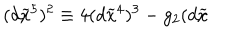
LaTeX: ( d \widetilde { x } ^ { 5 } ) ^ { 2 } \equiv 4 ( d \widetilde { x } ^ { 4 } ) ^ { 3 } - g _ { 2 } ( d \widetilde { x }